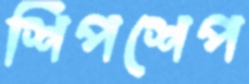
শিপশেপ